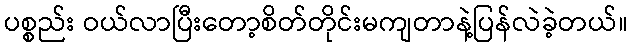
ပစ္စည်း ဝယ်လာပြီးတော့စိတ်တိုင်းမကျတာနဲ့ပြန်လဲခဲ့တယ်။